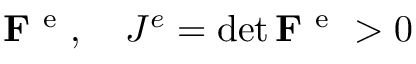
{ \bf F } ^ { \mathrm { ~ e ~ } } , \quad J ^ { e } = \operatorname* { d e t } { \bf F } ^ { \mathrm { ~ e ~ } } > 0